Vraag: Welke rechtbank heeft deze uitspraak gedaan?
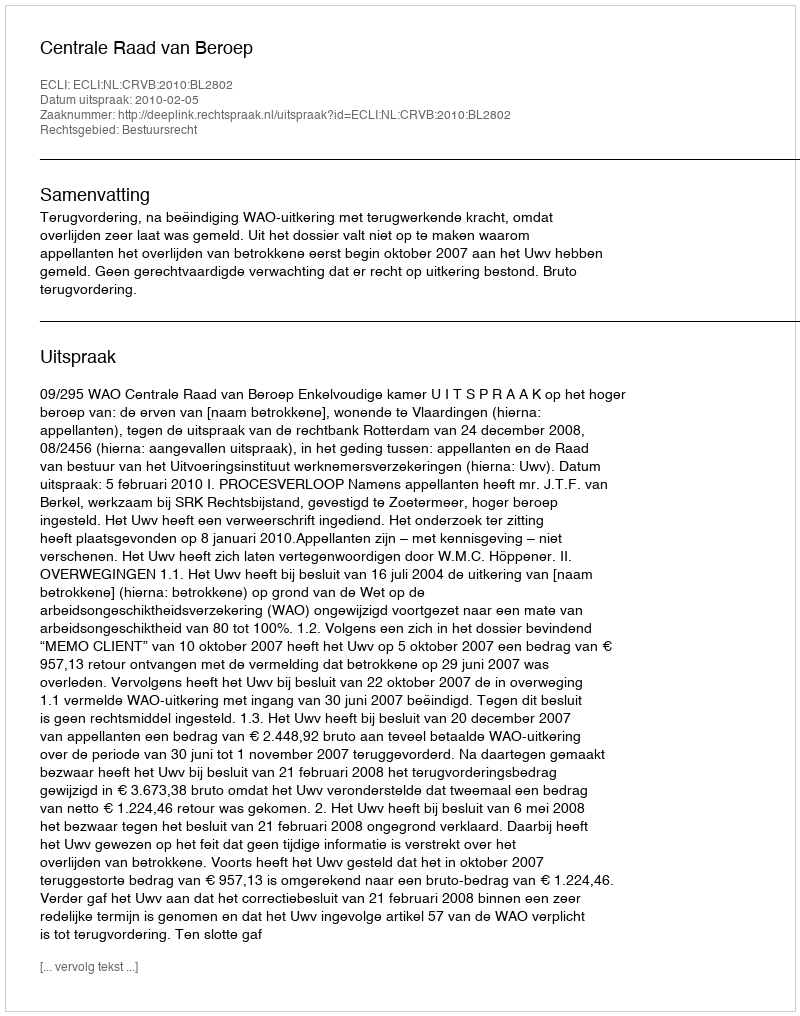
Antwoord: Centrale Raad van Beroep